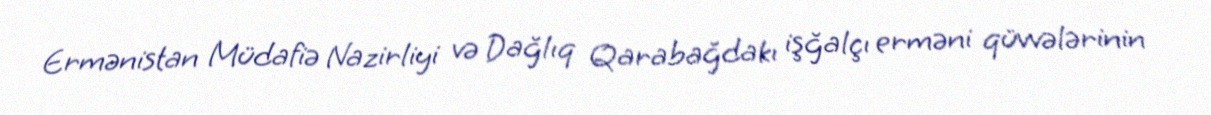
Ermənistan Müdafiə Nazirliyi və Dağlıq Qarabağdakı işğalçı erməni qüvvələrinin